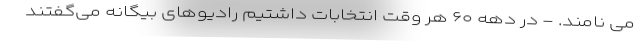
می نامند. - در دهه ۶۰ هر وقت انتخابات داشتیم رادیوهای بیگانه می‌گفتند